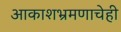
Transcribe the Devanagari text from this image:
आकाशभ्रमणाचेही